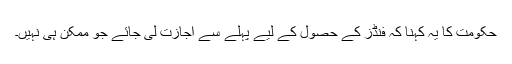
حکومت کا یہ کہنا کہ فنڈز کے حصول کے لیے پہلے سے اجازت لی جائے جو ممکن ہی نہیں۔